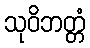
သုဝိဘတ္တံ